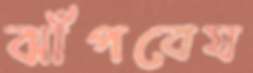
ঝাঁপবেয